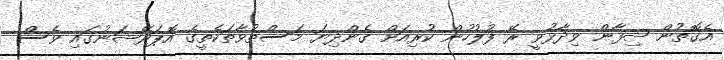
އެގޮތުން ޝިފާން ވިދާޅުވީ ރޭ ފުލުހުން ކުރިއަށް ގެންދިޔަ މަސްތުވާތަކެތީގެ އޮޕަރޭޝަނުގައި ވެސް